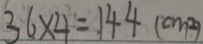
3 6 \times 4 = 1 4 4 ( c m ^ { 2 } )